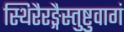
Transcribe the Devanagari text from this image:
स्थिरैरङ्गैस्तुष्टुवागं